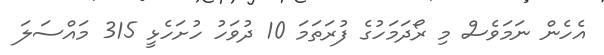
އެހެން ނަމަވެސް މި ރޯދަމަހުގެ ފުރަތަމަ 10 ދުވަހު ހުށަހެޅީ 315 މައްސަލަ